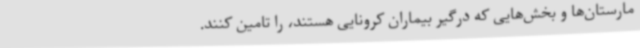
مارستان‌ها و بخش‌هایی که درگیر بیماران کرونایی هستند، را تامین کنند.